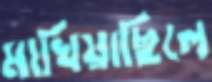
মাখিয়াছিলে